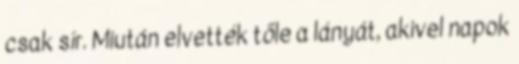
csak sír. Miután elvették tőle a lányát, akivel napok